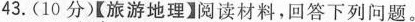
43. (10分)【旅游地理】阅读材料，回答下列问题。